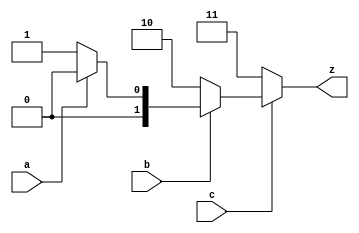
module priority_Encoder(a,b,c,z); //priority encoder  


input a,b,c; //a,b,c in
output [1:0] z; //z: 2bit out
reg [1:0] z; //register z

always@(a,b,c) //until a,b,c in, alway
begin //start

if (c==0) z=2'b11;//c=0 z->11
else if(b==0) z=2'b10;//c=1,b=0 z->10
else if(a==0) z=2'b01; //c=1,b=1,a=0 z->01
else z=2'b00;//c=0,b=0,a=0 z->00

end

endmodule